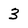
Character: 3